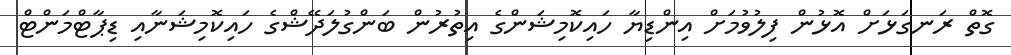
ގޮތް ރަނގަޅަށް އޮޅުން ފިލުވުމަށް އިންޑިޔާ ހައިކޮމިޝަންގެ އިތުރުން ބަންގުލަދޭޝްގެ ހައިކޮމިޝަނާއި ޑިޕާޓްމަންޓް